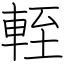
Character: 輊